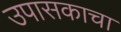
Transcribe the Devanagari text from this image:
उपासकाचा